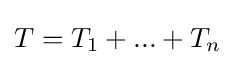
T=T_{1}+...+T_{n}